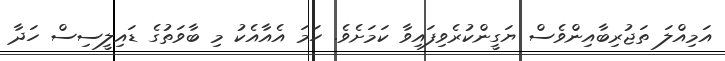
އަމިއްލަ ތަޖުރިބާއިންވެސް ޔަގީންކުރެވިފައިވާ ކަމަށެވެ. ހަމަ އެއާއެކު މި ބާވަތުގެ ޑައިލީސިސް ހަދާ